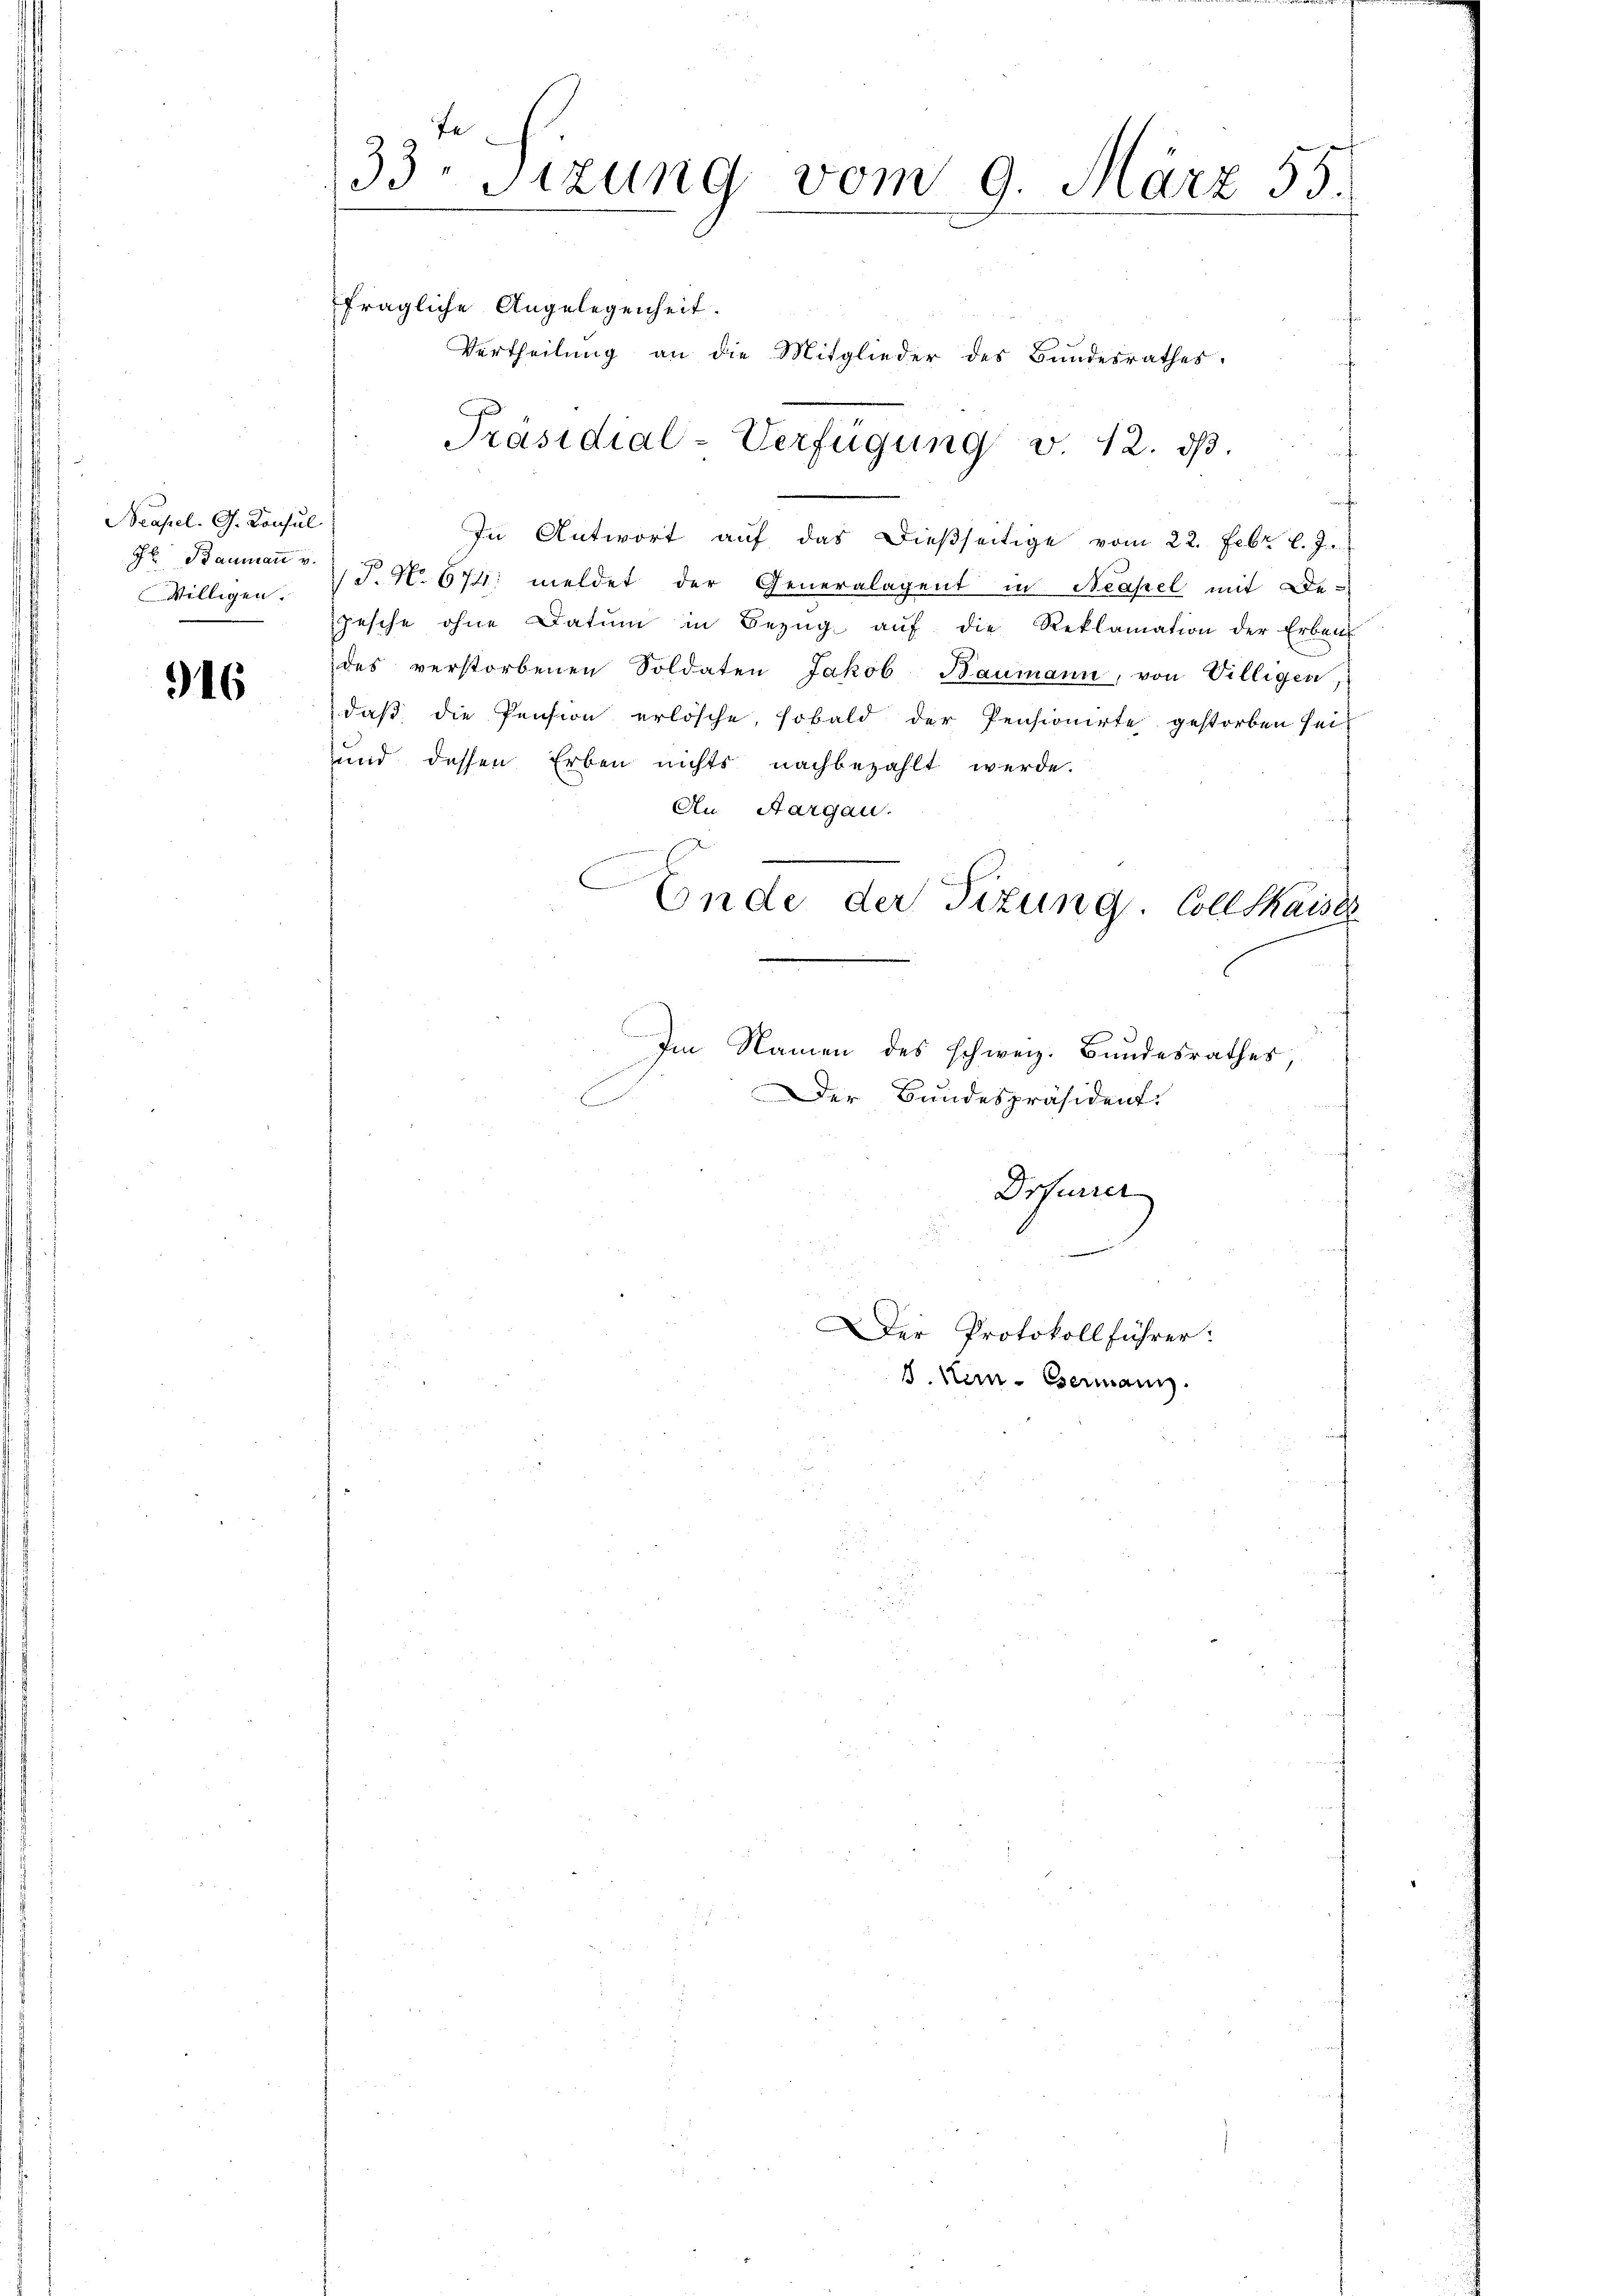
Neapel. G. Konsul
Fr Baumann v.
Willigen.

916

33. Sizung vom 9. März 55.
fragliche Angelegenheit.

Vertheilung an die Mitglieder des Bundesrathes,
In Antwort auf das dießseitige vom 22. Febr. l. J.
T. No. 674. meldet der Generalagent in Neapel mit De-
pesche ohne Datum in Bezŭg aŭf die Reklamation der Erben
des verstorbenen Soldaten Jakob Baumann, von Villigen,
daß die Pension erlösche, sobald der Pensionirte gestorben sei
und dessen Erben nichts nachbezahlt werde.
An Aargau.
B
Ende der Tizung. Coll thaiser
Im Namen des schweiz. Bundesrathes,
Der Bundespräsident.
Drfurrer
Der Protokollführer:
 Kein - Esermann.

Präsidial-Verfügung v. 12. ds.